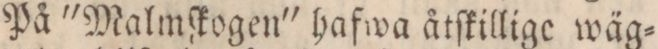
På 'Malmſkogen' hafwa åtſkillige wäg=